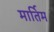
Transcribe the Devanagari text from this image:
मार्तिम